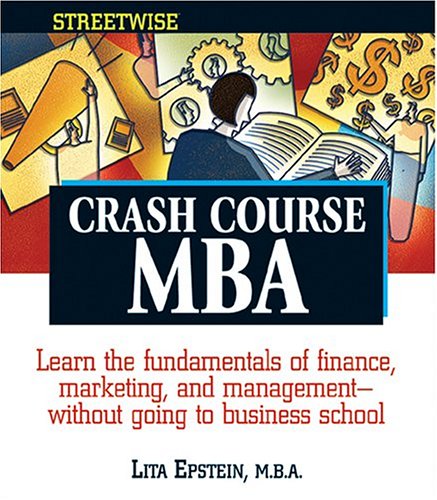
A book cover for Crash-Course MBA (Streetwise); Lita Epstein; Education & Teaching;